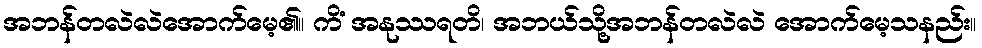
အဘန်တလဲလဲအောက်မေ့၏။ ကိံ အနုဿရတိ၊ အဘယ်သို့အဘန်တလဲလဲ အောက်မေ့သနည်း။